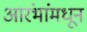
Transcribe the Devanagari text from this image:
आरंभांमधून